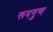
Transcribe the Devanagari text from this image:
रूपगुण